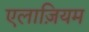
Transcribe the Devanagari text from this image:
एलाज़ियम